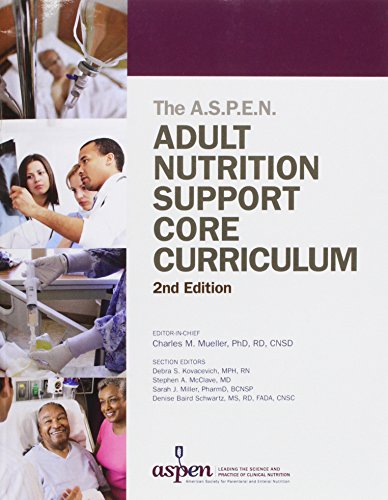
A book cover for Adult Nutrition Support Core Curriculum, 2nd Edition; Medical Books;